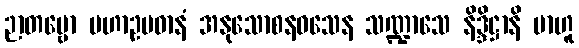
ဉာတဗ္ဗော မဟာဥပဓာနံ အနုသောစနဝသေန သဏ္ဍာသေ နိဒ္ဒိဋ္ဌာနိ ဗာဟူ